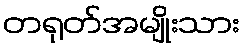
တရုတ်အမျိုးသား